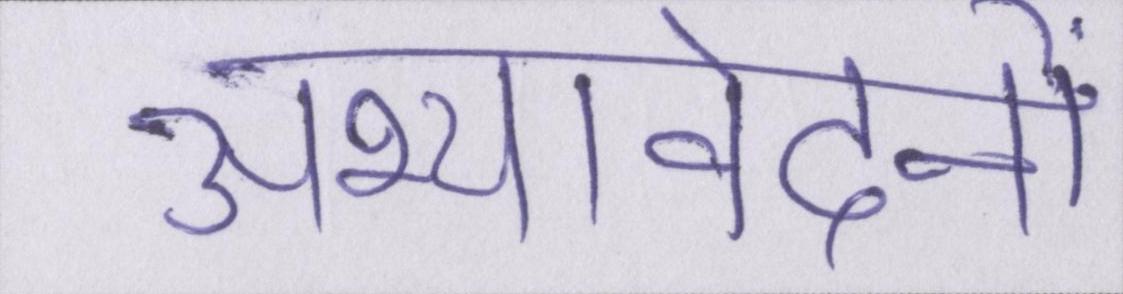
अभ्यावेदनों